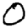
Digit: 0